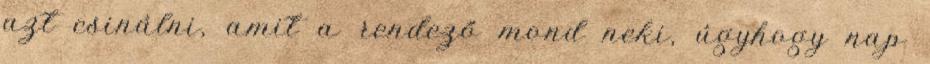
azt csinálni, amit a rendező mond neki, úgyhogy nap